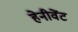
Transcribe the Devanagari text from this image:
हेनीवेंट